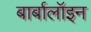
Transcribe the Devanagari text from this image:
बार्बालॉइन